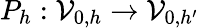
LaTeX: P_{h}:\mathcal{V}_{0,h}\to\mathcal{V}_{0,h^{\prime}}